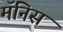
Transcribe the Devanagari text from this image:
मॅनिस